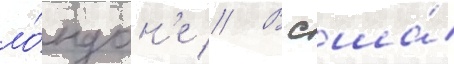
ло́ндон'е // В сша́